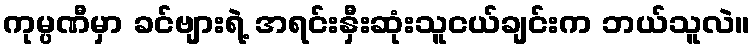
ကုမ္ပဏီမှာ ခင်ဗျားရဲ့ အရင်းနှီးဆုံးသူငယ်ချင်းက ဘယ်သူလဲ။